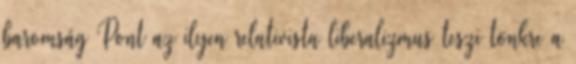
baromság Pont az ilyen relativista liberalizmus teszi tönkre a